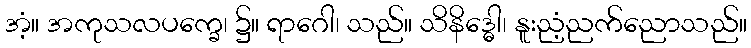
အံ့။ အကုသလပက္ခေ၊ ၌။ ရာဂေါ၊ သည်။ သိနိဒ္ဓေါ၊ နူးညံ့ညက်ညောသည်။